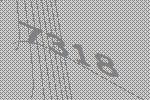
7318